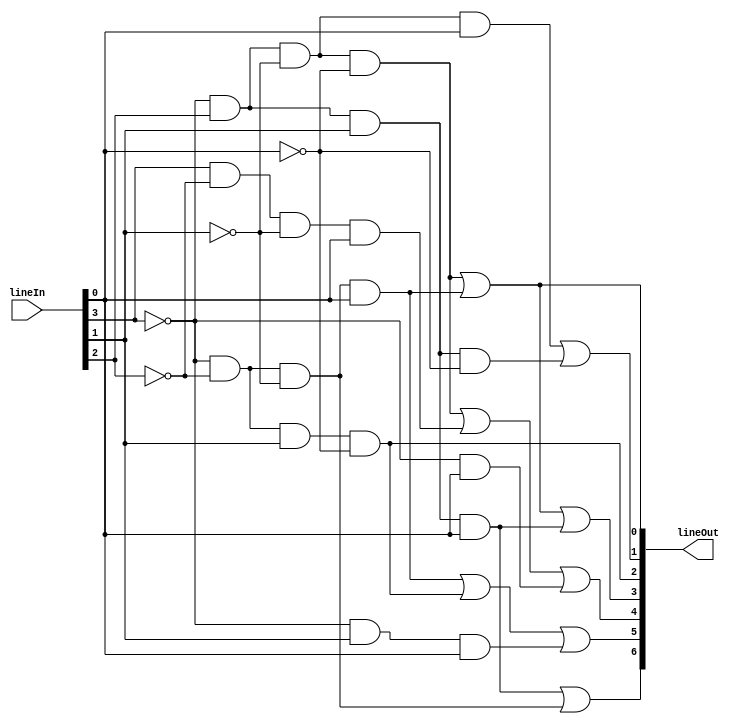
module BCD(lineIn, lineOut);

	// Define inputs and outputs
	input [3:0] lineIn;
	output [6:0] lineOut;
	
	wire A = lineIn[3];
	wire B = lineIn[2];
	wire C = lineIn[1];
	wire D = lineIn[0];
	
	// Assign logic
	assign lineOut[0] = (~A & B & ~C & ~D) | (~A & ~B & ~C & D);
	assign lineOut[1] = (~A & B & ~C & D) | (~A & B & C & ~D);
	assign lineOut[2] = (~A & ~B & C & ~D);
	assign lineOut[3] = (~A & B & ~C & ~D) | (~A & ~B & ~C & D) | (~A & B & C & D);
	assign lineOut[4] = (~A & B & ~C & ~D) | (A & ~B & ~C & D) | (~A & D);
	assign lineOut[5] = (~A & ~B & ~C & D) | (~A & ~B & C & ~D) | (~A & C & D);
	assign lineOut[6] = (~A & B & C & D) | (~A & ~B & ~C);
	
endmodule